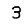
Digit: 3